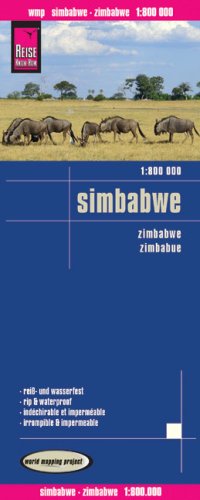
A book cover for Zimbabwe; Reise Know-How Verlag; Travel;